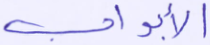
الأبواب